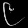
Digit: ၉